Indian Civil Veterinary Department memoirs
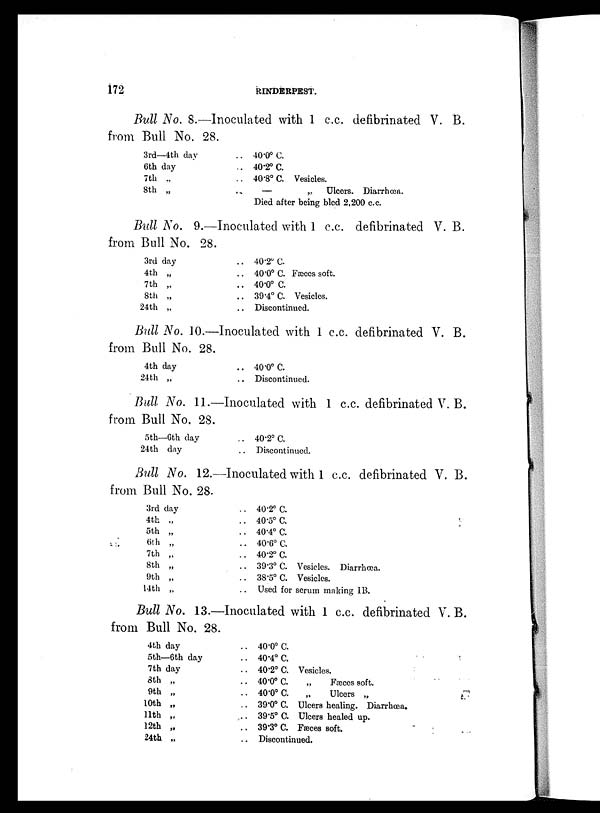
172
RINDERPEST.
Bull No. 8.—Inoculated with 1 c.c. defibrinated V. B.
from Bull No. 28.
3rd—4th day
6th day
7th „
8th „
.. 40.0º C.
.. 40.2º C.
.. 40.8º C. Vesicles.
..—
„
Ulcers. Diarrhœa.
Died after being bled 2,200 c.c.
Bull No. 9.—Inoculated with 1 c.c. defibrinated V. B.
from Bull No. 28.
3rd day
4th „
7th „
8th „
24th „
.. 40.2º C.
.. 40.0º C. Fæces soft.
.. 40.0º C.
.. 39.4º C. Vesicles.
.. Discontinued.
Bull No. 10.—Inoculated with 1 c.c. defibrinated V. B.
from Bull No. 28.
4th day
24th „
.. 40.0º C.
.. Discontinued.
Bull No. 11.—Inoculated with 1 c.c. defibrinated V. B.
from Bull No. 28.
5th—6th day
24th day
.. 40.2º C.
.. Discontinued.
Bull No. 12.—Inoculated with 1 c.c. defibrinated V. B.
from Bull No. 28.
3rd day
4th „
5th „
6th „
7th „
8th „
9th „
14th „
.. 40.2º C.
.. 40.5º C.
.. 40.4º C.
.. 40.6º C.
.. 40.2º C.
.. 39.3º C. Vesicles. Diarrhœa.
.. 38.5º C. Vesicles.
.. Used for serum making IB.
Bull No. 13.—Inoculated with 1 c.c. defibrinated V. B.
from Bull No. 28.
4th day
5th—6th day
7th day
8th „
9th „
10th „
11th „
12th „
24th „
.. 40.0º C.
.. 40.4º C.
.. 40.2º C. Vesicles.
.. 40.0º C.
„
Fæces soft.
.. 40.0º C.
„
Ulcers „
.. 39.0º C. Ulcers healing. Diarrhœa.
.. 39.5º C. Ulcers healed up.
.. 39.3º C. Fæces soft.
.. Discontinued.